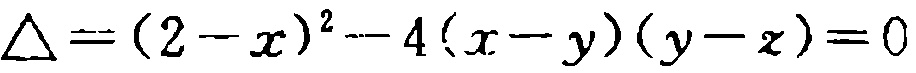
\(\triangle =(2 - x)^{2}-4(x - y)(y - z)=0\)